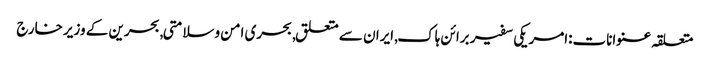
متعلقہ عنوانات‬:امریکی سفیر برائن ہاک, ایران سے متعلق, بحری امن وسلامتی, بحرین کے وزیر خارج